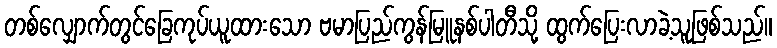
တစ်လျှောက်တွင်ခြေကုပ်ယူထားသော ဗမာပြည်ကွန်မြူနစ်ပါတီသို့ ထွက်ပြေးလာခဲ့သူဖြစ်သည်။